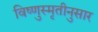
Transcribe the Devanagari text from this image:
विष्णुस्मृतीनुसार